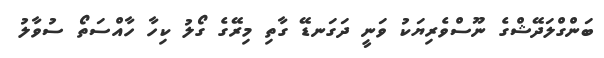
ބަންގްލަދޭޝްގެ ނޫސްވެރިޔަކު ވަނީ ދަގަނޑޭ ގާތި މިރޭގެ ގޯލު ކިހާ ހާއްސަތޯ ސުވާލު